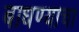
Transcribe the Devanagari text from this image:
बाधण्याचा